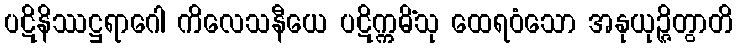
ပဋိနိဿဋ္ဌရာဂေါ ကိလေသနီယေ ပဋိက္ကမိံသု ထေရဝံသော အနုယုဉ္ဇိတွာတိ